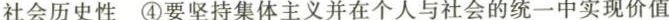
社会历史性④要坚持集体主义并在个人与社会的统一中实现价值